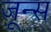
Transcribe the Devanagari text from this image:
जून्स